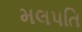
મલપતિ